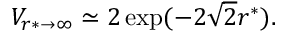
V _ { r * \to \infty } \simeq 2 \exp ( - 2 \sqrt 2 r ^ { * } ) .